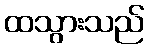
ထသွားသည်